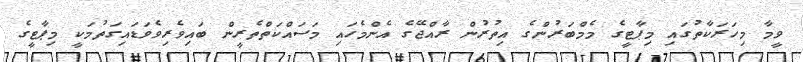
ވީމާ މިހަރަކާތުގައި މިޕާޓީގެ މެމްބަރުންގެ އިތުރުން ރާއްޖޭގެ އެންމެހައި މަސައްކަތްތެރީން ބައިވެރިވެވަޑައިގަތުމަކީ މިޕާޓީގެ